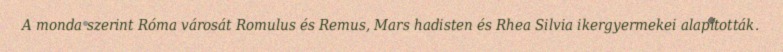
A monda szerint Róma városát Romulus és Remus, Mars hadisten és Rhea Silvia ikergyermekei alapították.